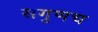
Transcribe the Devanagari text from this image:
सगुणच